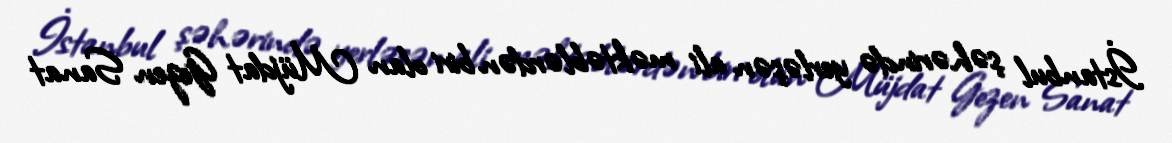
İstanbul şəhərində yerləşən ali məktəblərdən biri olan Müjdat Gezen Sanat